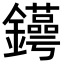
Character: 𨯫